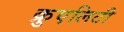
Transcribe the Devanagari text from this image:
क्रुएलिटी